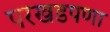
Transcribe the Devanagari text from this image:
परखडपणा